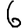
Digit: 6